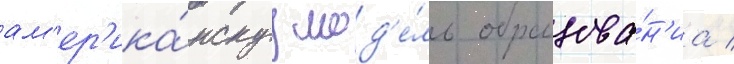
ам'ер'ика́нскуу мод'е́ль образова́н'иа /